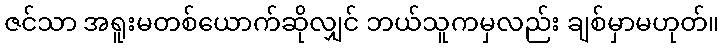
ဇင်သာ အရူးမတစ်ယောက်ဆိုလျှင် ဘယ်သူကမှလည်း ချစ်မှာမဟုတ်။